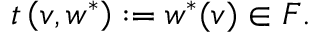
t \left( v , w ^ { * } \right) : = w ^ { * } ( v ) \in F .